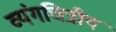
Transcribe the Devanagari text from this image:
व्यंगचित्रीय